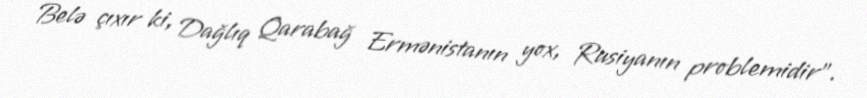
Belə çıxır ki, Dağlıq Qarabağ Ermənistanın yox, Rusiyanın problemidir”.